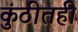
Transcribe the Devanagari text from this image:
कुंठीतही